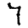
Digit: 7